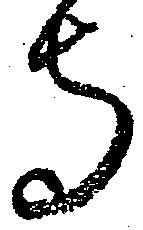
寺